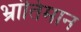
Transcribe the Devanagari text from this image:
भ्रांतिमान